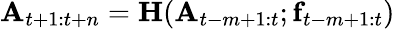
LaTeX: \textbf{A}_{t+1:t+n}=\textbf{H}(\textbf{A}_{t-m+1:t};\textbf{f}_{t-m+1:t})